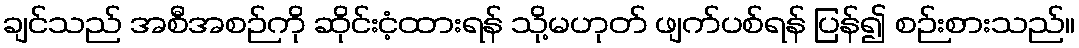
ချင်သည် အစီအစဉ်ကို ဆိုင်းငံ့ထားရန် သို့မဟုတ် ဖျက်ပစ်ရန် ပြန်၍ စဉ်းစားသည်။